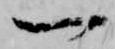
一